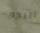
اليوم